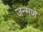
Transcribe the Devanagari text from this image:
जन्मणे